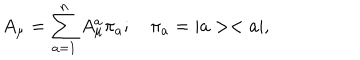
A _ { \mu } = \sum _ { a = 1 } ^ { n } A _ { \mu } ^ { a } \pi _ { a } ; \quad \pi _ { a } = | a > < a | ,